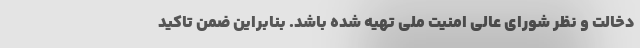
دخالت و نظر شورای عالی امنیت ملی تهیه شده باشد. بنابراین ضمن تاکید